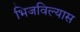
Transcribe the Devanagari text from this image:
भिजविल्यास